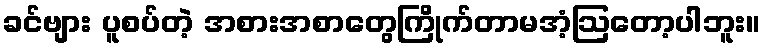
ခင်ဗျား ပူစပ်တဲ့ အစားအစာတွေကြိုက်တာမအံ့ဩတော့ပါဘူး။